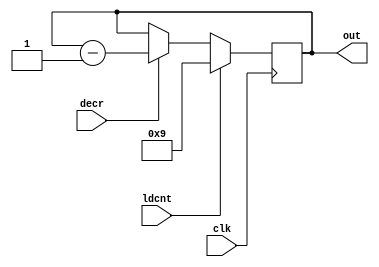
`timescale 1ns / 1ps
//////////////////////////////////////////////////////////////////////////////////
// Company: 
// Engineer: 
// 
// Design Name: 
// Module Name:    Counter 
// Project Name: 
// Target Devices: 
// Tool versions: 
// Description: 
//
// Dependencies: 
//
// Revision: 
// Revision 0.01 - File Created
// Additional Comments: 
//
//////////////////////////////////////////////////////////////////////////////////
module Counter(out,ldcnt,clk,decr);

	input ldcnt,clk,decr;
	output reg [3:0] out;
	
	always @(posedge clk)
		begin
		
		if(ldcnt == 1'b1) out <= 4'b1001;
		else if(decr == 1'b1) out <= out-1;
		
		end

endmodule